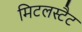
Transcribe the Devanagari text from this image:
मिटलस्टैट